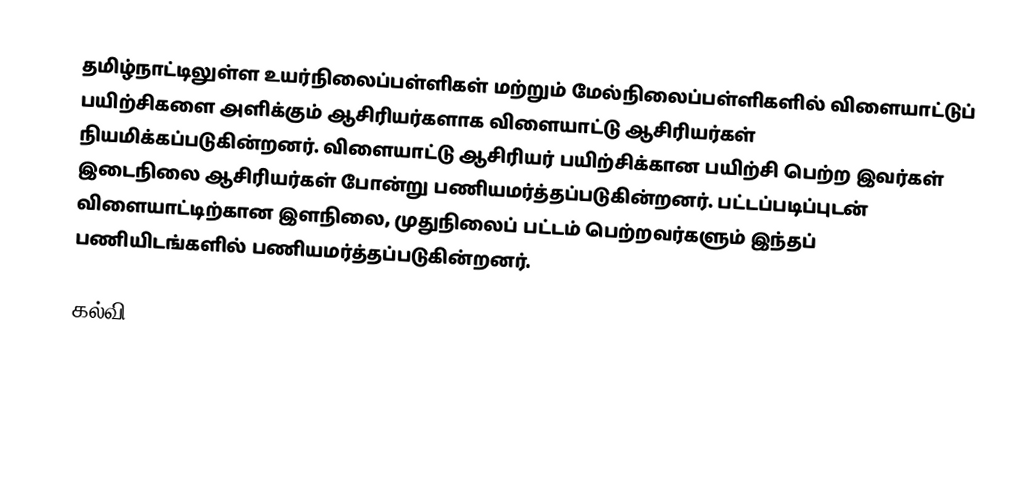
தமிழ்நாட்டிலுள்ள உயர்நிலைப்பள்ளிகள் மற்றும் மேல்நிலைப்பள்ளிகளில் விளையாட்டுப் பயிற்சிகளை அளிக்கும் ஆசிரியர்களாக விளையாட்டு ஆசிரியர்கள் நியமிக்கப்படுகின்றனர். விளையாட்டு ஆசிரியர் பயிற்சிக்கான பயிற்சி பெற்ற இவர்கள் இடைநிலை ஆசிரியர்கள் போன்று பணியமர்த்தப்படுகின்றனர். பட்டப்படிப்புடன் விளையாட்டிற்கான இளநிலை, முதுநிலைப் பட்டம் பெற்றவர்களும் இந்தப் பணியிடங்களில் பணியமர்த்தப்படுகின்றனர்.

 கல்வி